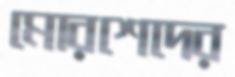
মোরশেদের